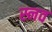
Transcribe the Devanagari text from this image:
स्नव